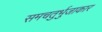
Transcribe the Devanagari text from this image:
समचतुर्भुजाकार